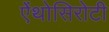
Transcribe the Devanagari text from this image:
ऐंथोसिरोटी